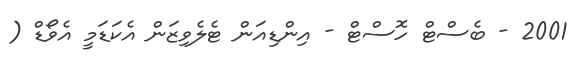
2001 - ބެސްޓް ހޮސްޓް - އިންޑިއަން ޓެލެވިޒަން އެކަޑަމީ އެވޯޑް (